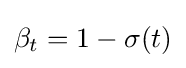
\beta _{t}=1-\sigma (t)